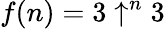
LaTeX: f(n)=3\uparrow^{n}3